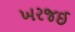
ખરજઈ